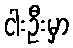
ငါးဦးမှာ